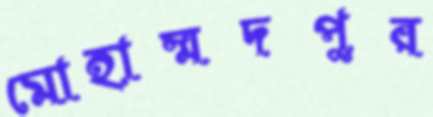
মোহাম্মদপুর